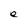
Character: e